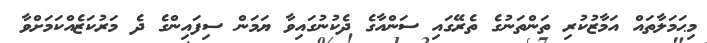
މިޙަމަލާތައް އަމާޒުކުރި ތަންތަނުގެ ތެރޭގައި ސަންއާގެ ދެކުނުގައިވާ ޔަމަން ސިފައިންގެ ދެ މަރުކަޒެއްކަމަށްވާ